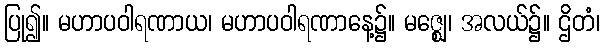
ပြု၍။ မဟာပဝါရဏာယ၊ မဟာပဝါရဏာနေ့၌။ မဇ္ဈေ၊ အလယ်၌။ ဌိတံ၊